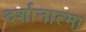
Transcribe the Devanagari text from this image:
दर्शानात्मा